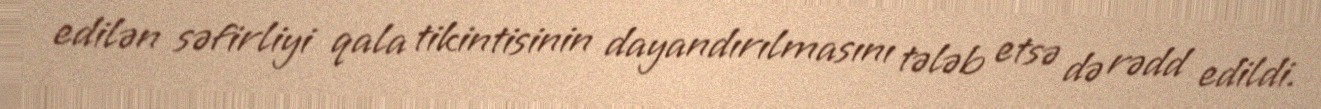
edilən səfirliyi qala tikintisinin dayandırılmasını tələb etsə də rədd edildi.